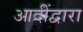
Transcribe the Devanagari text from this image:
आदींद्वारा